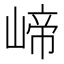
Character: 崹